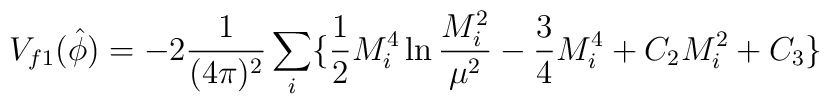
V_{f1}(\hat{\phi})=-2\frac{1}{(4\pi)^2}\sum_i\{\frac{1}{2}M^4_i\ln\frac{M^2_i}{\mu^2}-\frac{3}{4}M^4_i+C_2M^2_i+C_3\}